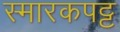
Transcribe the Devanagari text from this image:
स्मारकपट्ट